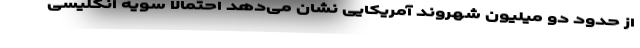
از حدود دو میلیون شهروند آمریکایی نشان می‌دهد احتمالاً سویه انگلیسی